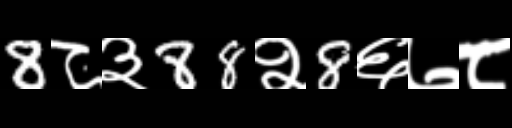
Text: 8८३88२8६७८